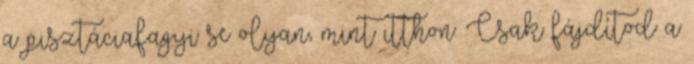
a pisztáciafagyi se olyan, mint itthon. Csak fájdítod a